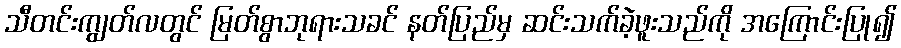
သီတင်းကျွတ်လတွင် မြတ်စွာဘုရားသခင် နတ်ပြည်မှ ဆင်းသက်ခဲ့ဖူးသည်ကို အကြောင်းပြု၍